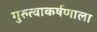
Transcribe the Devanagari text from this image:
गुरुत्वाकर्षणाला